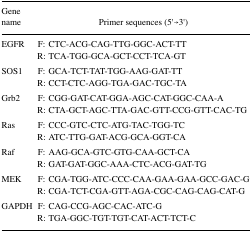
| Gene name | Primer sequences (5′→3′) |
 | --- | --- |
 | EGFR | F: CTC-ACG-CAG-TTG-GGC-ACT-TTR: TCA-TGG-GCA-GCT-CCT-TCA-GT |
 | SOS1 | F: GCA-TCT-TAT-TGG-AAG-GAT-TTR: CCT-CTC-AGG-TGA-GAC-TGC-TA |
 | Grb2 | F: CGG-GAT-CAT-GGA-AGC-CAT-GGC-CAA-AR: CTA-GCT-AGC-TTA-GAC-GTT-CCG-GTT-CAC-TG |
 | Ras | F: CCC-GTC-CTC-ATG-TAC-TGG-TCR: ATC-TTG-GAT-ACG-GCA-GGT-CA |
 | Raf | F: AAG-GCA-GTC-GTG-CAA-GCT-CAR: GAT-GAT-GGC-AAA-CTC-ACG-GAT-TG |
 | MEK | F: CGA-TGG-ATC-CCC-CAA-GAA-GAA-GCC-GAC-GR: CGA-TCT-CGA-GTT-AGA-CGC-CAG-CAG-CAT-G |
 | GAPDH | F: CAG-CCG-AGC-CAC-ATC-GR: TGA-GGC-TGT-TGT-CAT-ACT-TCT-C |